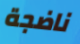
ناضجة